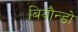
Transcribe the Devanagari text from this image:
बियौन्डो